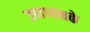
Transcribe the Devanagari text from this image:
उपाध्यक्षके